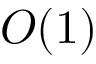
O ( 1 )